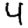
Digit: 4